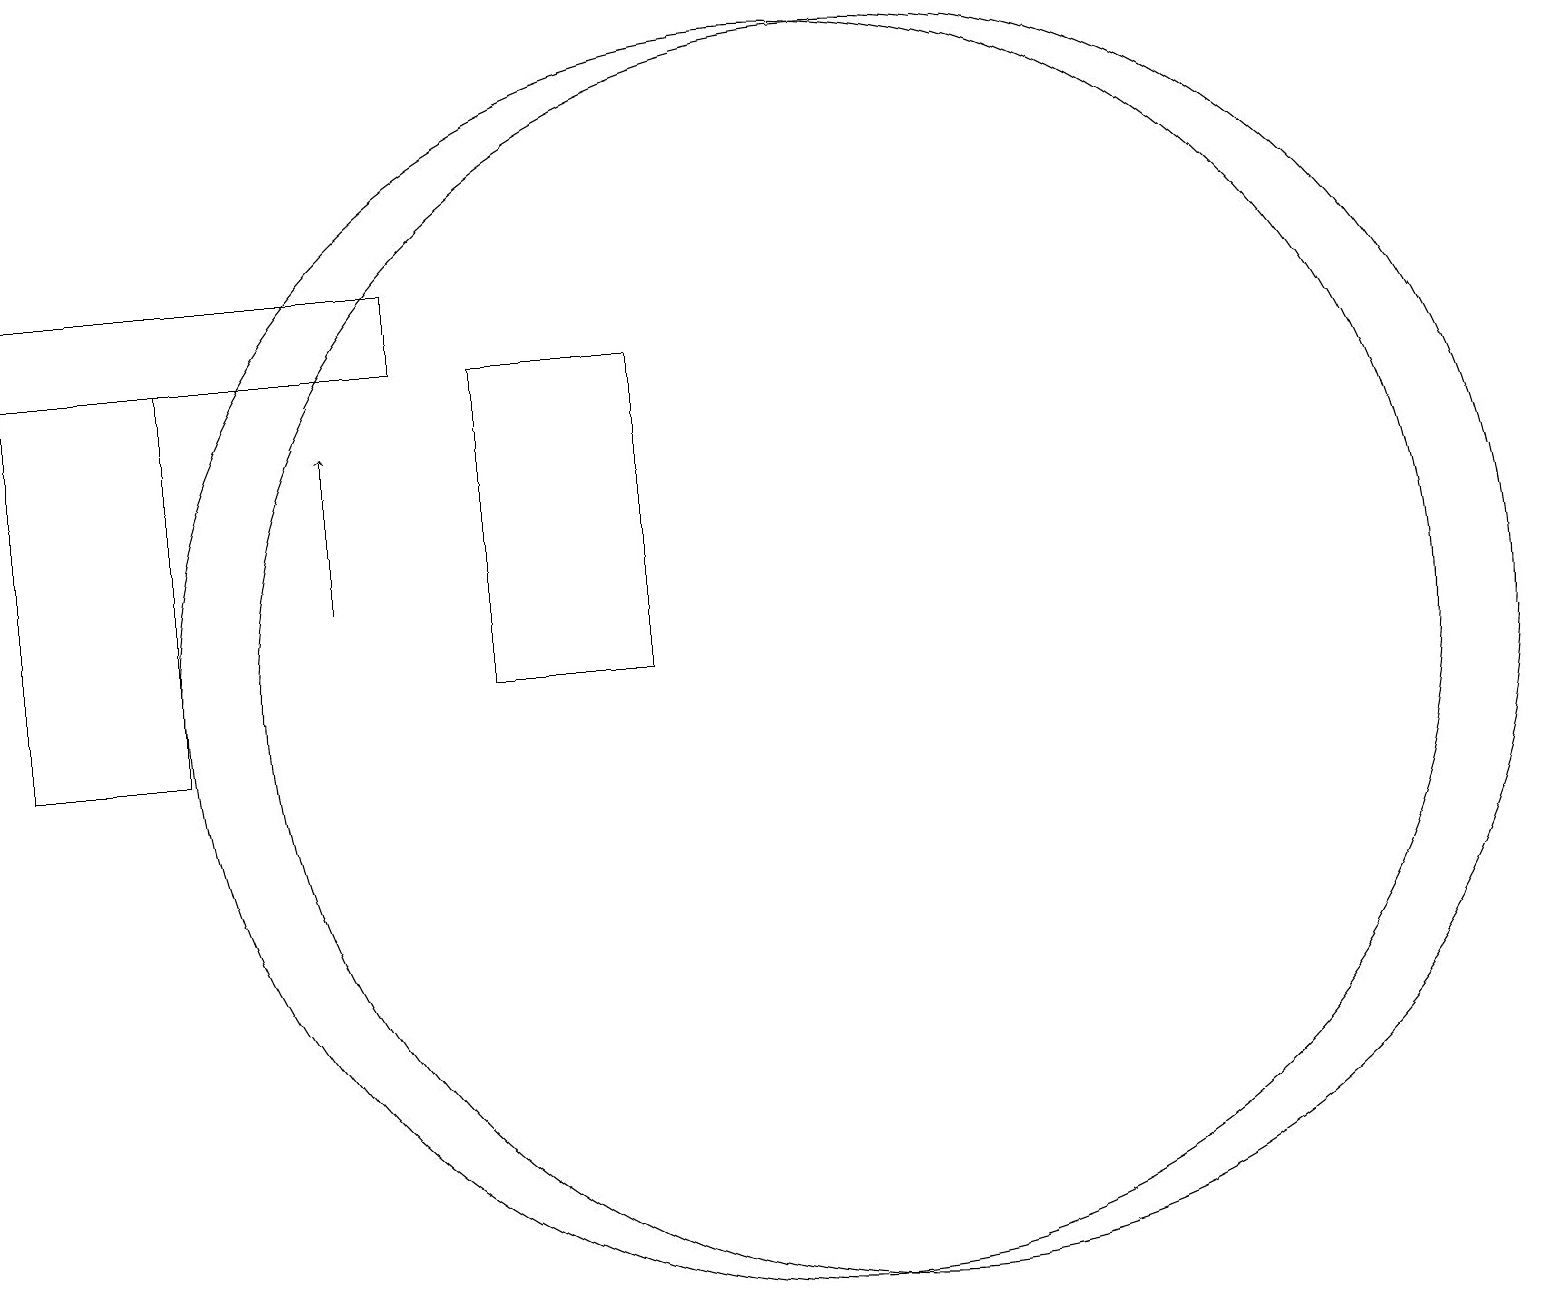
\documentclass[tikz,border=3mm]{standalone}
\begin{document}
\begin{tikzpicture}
\draw (9,11) rectangle (7,15);
\draw (3,10) rectangle (1,15);
\draw[->] (5,12) -- (5,14);
\draw (11,11) circle (8);
\draw (12,11) circle (8);
\draw (1,15) rectangle (6,16);
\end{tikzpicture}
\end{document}